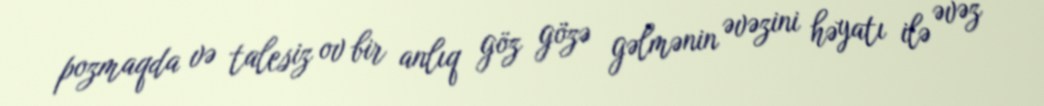
pozmaqda və talesiz ov bir anlıq göz gözə gəlmənin əvəzini həyatı ilə əvəz